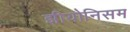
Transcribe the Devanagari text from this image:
झीयोनिसम